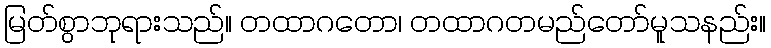
မြတ်စွာဘုရားသည်။ တထာဂတော၊ တထာဂတမည်တော်မူသနည်း။